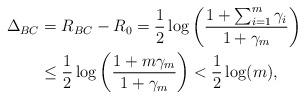
LaTeX: \begin{align*}\Delta_{BC} & =R_{BC}-R_{0}=\frac{1}{2}\log\left(\frac{1+\sum_{i=1}^{m}\gamma_i}{1+\gamma_m}\right) \\& \leq \frac{1}{2}\log\left(\frac{1 + m\gamma_m}{1+\gamma_m}\right)<\frac{1}{2}\log(m),\end{align*}